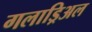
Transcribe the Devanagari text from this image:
गलाड्रिअल